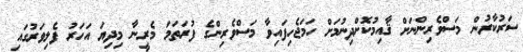
ސަރުކާރުން މަސްވެރިންނަށް ޤާއިމުކޮށްދިނުމަށް ހަމަޖެހިފައިވާ މަސްވެރިންގެ ފުރަތަމަ މެރީނާ މިދިޔަ އަހަރު ފެލިވަރުގައި